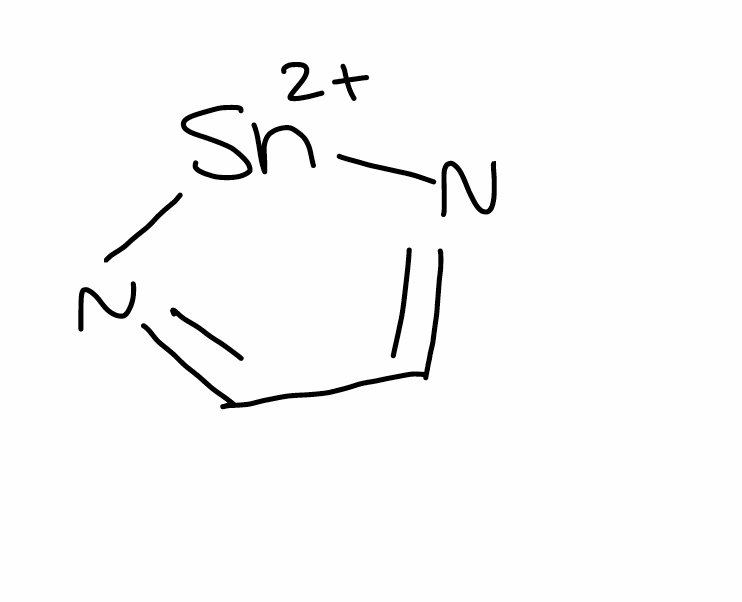
Simplified molecular-input line-entry system (SMILES) notation of the given molecule:
C1=N[Sn+2]N=C1